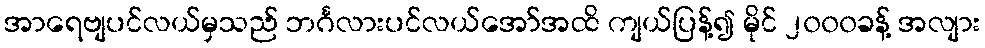
အာရေဗျပင်လယ်မှသည် ဘင်္ဂလားပင်လယ်အော်အထိ ကျယ်ပြန့်၍ မိုင် ၂၀၀၀ခန့် အလျား